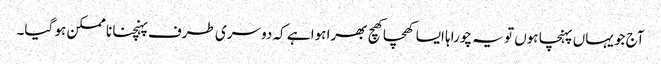
آج جو یہاں پہنچا ہوں تو یہ چوراہا ایسا کھچا کھچ بھرا ہوا ہے کہ دوسری طرف پہنچنا نا ممکن ہو گیا۔